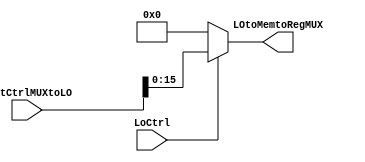
// lo -> used on mult and div
// recives MultCtrlMUXtoLO  [31:0]
// takes the 16 least significant bits of the result using HiCtrl
module lo (
    input wire [31:0] MultCtrlMUXtoLO,
    input wire LoCtrl,
    output reg [15:0] LOtoMemtoRegMUX
);
    
        always @(*) begin
            if (LoCtrl == 1) // if LoCtrl is 1, take the 16 least significant bits of the result
                LOtoMemtoRegMUX = MultCtrlMUXtoLO[15:0];
            else
                LOtoMemtoRegMUX = 16'b0; // if LoCtrl is 0, set LO to 0
        end
    
endmodule